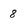
Character: 8